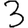
Digit: 3